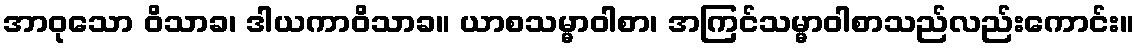
အာဝုသော ဝိသာခ၊ ဒါယကာဝိသာခ။ ယာစသမ္မာဝါစာ၊ အကြင်သမ္မာဝါစာသည်လည်းကောင်း။